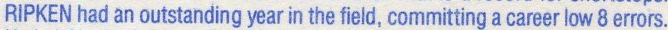
RIPKEN had an outstanding year in the field, committing a career low 8 errors